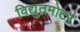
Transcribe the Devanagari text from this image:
विद्युतमोटर